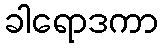
ခါရောဒကာ